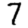
Digit: 7